Theory and practice of anti-rabic immunisation - Number 30
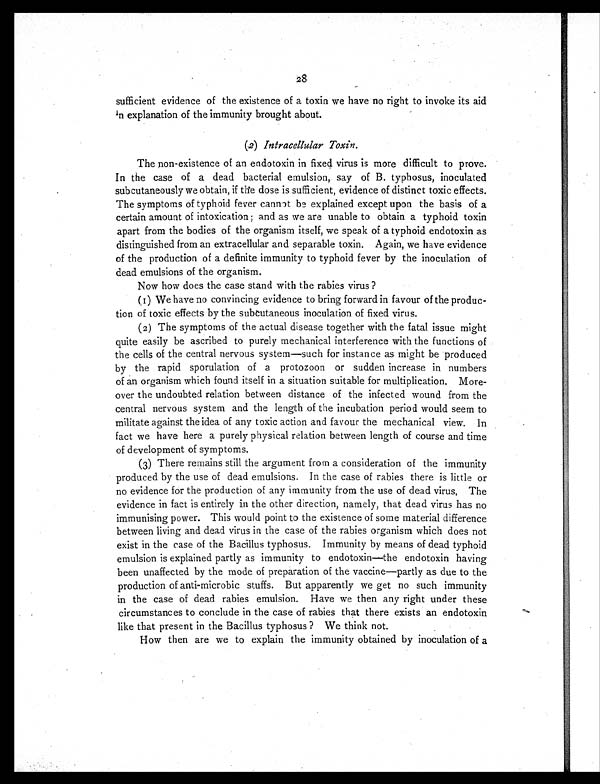
28
sufficient evidence of the existence of a toxin we have no right to invoke its aid
in explanation of the immunity brought about.
(2) Intracellular Toxin.
The non-existence of an endotoxin in fixed virus is more difficult to prove.
In the case of a dead bacterial emulsion, say of B. typhosus, inoculated
subcutaneously we obtain, if the dose is sufficient, evidence of distinct toxic effects.
The symptoms of typhoid fever cannot be explained except upon the basis of a
certain amount of intoxication ; and as we are unable to obtain a typhoid toxin
apart from the bodies of the organism itself, we speak of a typhoid endotoxin as
distinguished from an extracellular and separable toxin. Again, we have evidence
of the production of a definite immunity to typhoid fever by the inoculation of
dead emulsions of the organism.
Now how does the case stand with the rabies virus ?
(1) We have no convincing evidence to bring forward in favour of the produc-
tion of toxic effects by the subcutaneous inoculation of fixed virus.
(2) The symptoms of the actual disease together with the fatal issue might
quite easily be ascribed to purely mechanical interference with the functions of
the cells of the central nervous system—such for instance as might be produced
by the rapid sporulation of a protozoon or sudden increase in numbers
of an organism which found itself in a situation suitable for multiplication. More-
over the undoubted relation between distance of the infected wound from the
central nervous system and the length of the incubation period would seem to
militate against the idea of any toxic action and favour the mechanical view. In
fact we have here a purely physical relation between length of course and time
of development of symptoms.
(3) There remains still the argument from a consideration of the immunity
produced by the use of dead emulsions. In the case of rabies there is little or
no evidence for the production of any immunity from the use of dead virus. The
evidence in fact is entirely in the other direction, namely, that dead virus has no
immunising power. This would point to the existence of some material difference
between living and dead virus in the case of the rabies organism which does not
exist in the case of the Bacillus typhosus. Immunity by means of dead typhoid
emulsion is explained partly as immunity to endotoxin—the endotoxin having
been unaffected by the mode of preparation of the vaccine—partly as due to the
production of anti-microbic stuffs. But apparently we get no such immunity
in the case of dead rabies emulsion. Have we then any right under these
circumstances to conclude in the case of rabies that there exists an endotoxin
like that present in the Bacillus typhosus ? We think not.
How then are we to explain the immunity obtained by inoculation of a